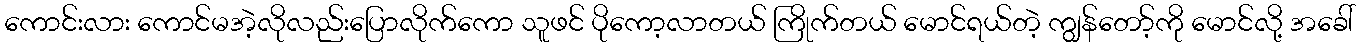
ကောင်းလား ကောင်မအဲ့လိုလည်းပြောလိုက်ကော သူဖင် ပိုကော့လာတယ် ကြိုက်တယ် မောင်ရယ်တဲ့ ကျွန်တော့်ကို မောင်လို့ အခေါ်